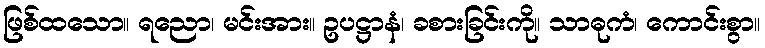
ဖြစ်ထသော။ ရညော၊ မင်းအား။ ဥပဋ္ဌာနံ၊ ခစားခြင်းကို။ သာဓုကံ၊ ကောင်းစွာ။